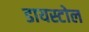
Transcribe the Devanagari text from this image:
डायस्टोल